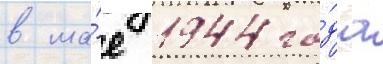
в ма́е 1944 го́да